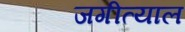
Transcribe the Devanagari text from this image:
जगीत्याल